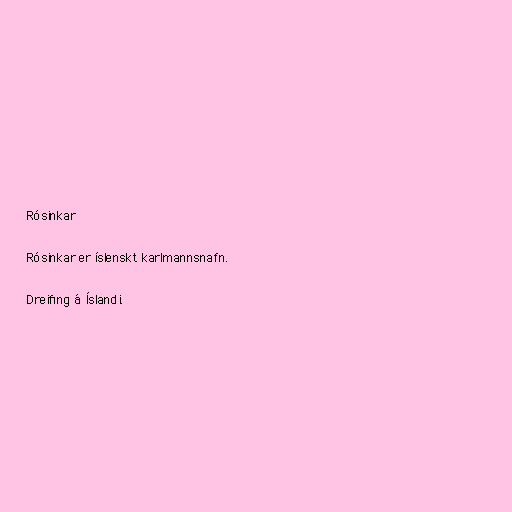
Rósinkar

Rósinkar er íslenskt karlmannsnafn.

Dreifing á Íslandi.